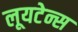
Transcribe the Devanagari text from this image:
लूयटेन्स